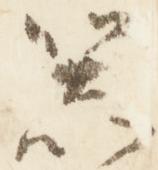
器